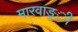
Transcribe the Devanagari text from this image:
मारवाङ्ी